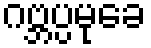
ဂဗ္ဘပ္ပမုခေ